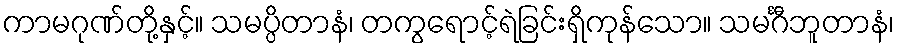
ကာမဂုဏ်တို့နှင့်။ သမပ္ပိတာနံ၊ တကွရောင့်ရဲခြင်းရှိကုန်သော။ သမင်္ဂီဘူတာနံ၊